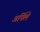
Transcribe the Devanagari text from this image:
अर्पिले